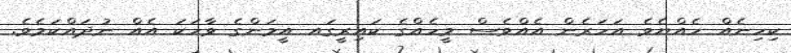
ކިހިނެއް ހެއްޔެވެ އަހަރެން އެއްވެސް މީހެއްގެ ކައިރީގައ އީމަންގެ ވާހަކަ އެއް ނުދައްކަމެވެ.